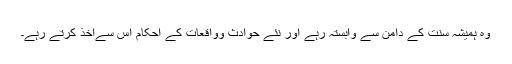
وہ ہمیشہ سنت کے دامن سے وابستہ رہے اور نئے حوادث وواقعات کے احکام اس سےاخذ کرتے رہے۔